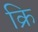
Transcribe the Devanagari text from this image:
क्रि